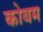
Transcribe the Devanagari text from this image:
कोबम